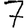
Digit: 7